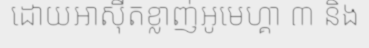
ដោយអាស៊ីតខ្លាញ់អូមេហ្គា ៣ និង